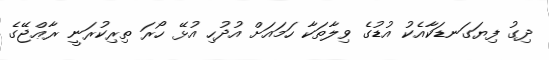
ދިގު ފިޔަގަނޑަކާއެކު އުޑުގެ ވިލާތަކާ ހަމައަށް އުދުހި އުޅޭ ހޯރަ ތިރިކުރަނީ ރާޢްޖޭގެ